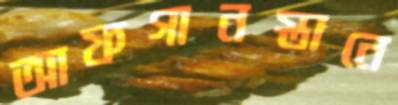
আফগানস্তানে